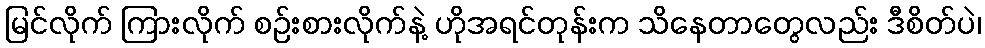
မြင်လိုက် ကြားလိုက် စဉ်းစားလိုက်နဲ့ ဟိုအရင်တုန်းက သိနေတာတွေလည်း ဒီစိတ်ပဲ၊